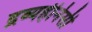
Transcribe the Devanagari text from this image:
द्रव्यहीनेसी